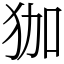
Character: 㹢